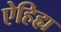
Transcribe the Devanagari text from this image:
ऐहिह्य